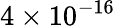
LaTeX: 4\times 10^{-16}